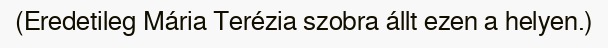
(Eredetileg Mária Terézia szobra állt ezen a helyen.)